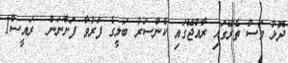
ދޮޅު މަސް ތެރޭގައި ރާއްޖޭގައި ކެންސަރު ބަލީގެ ފަރުވާ ފަށާނަން  ރައީސް1